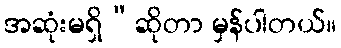
အဆုံးမရှိ”ဆိုတာ မှန်ပါတယ်။